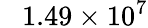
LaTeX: \phantom{-}1.49\times 10^{7}